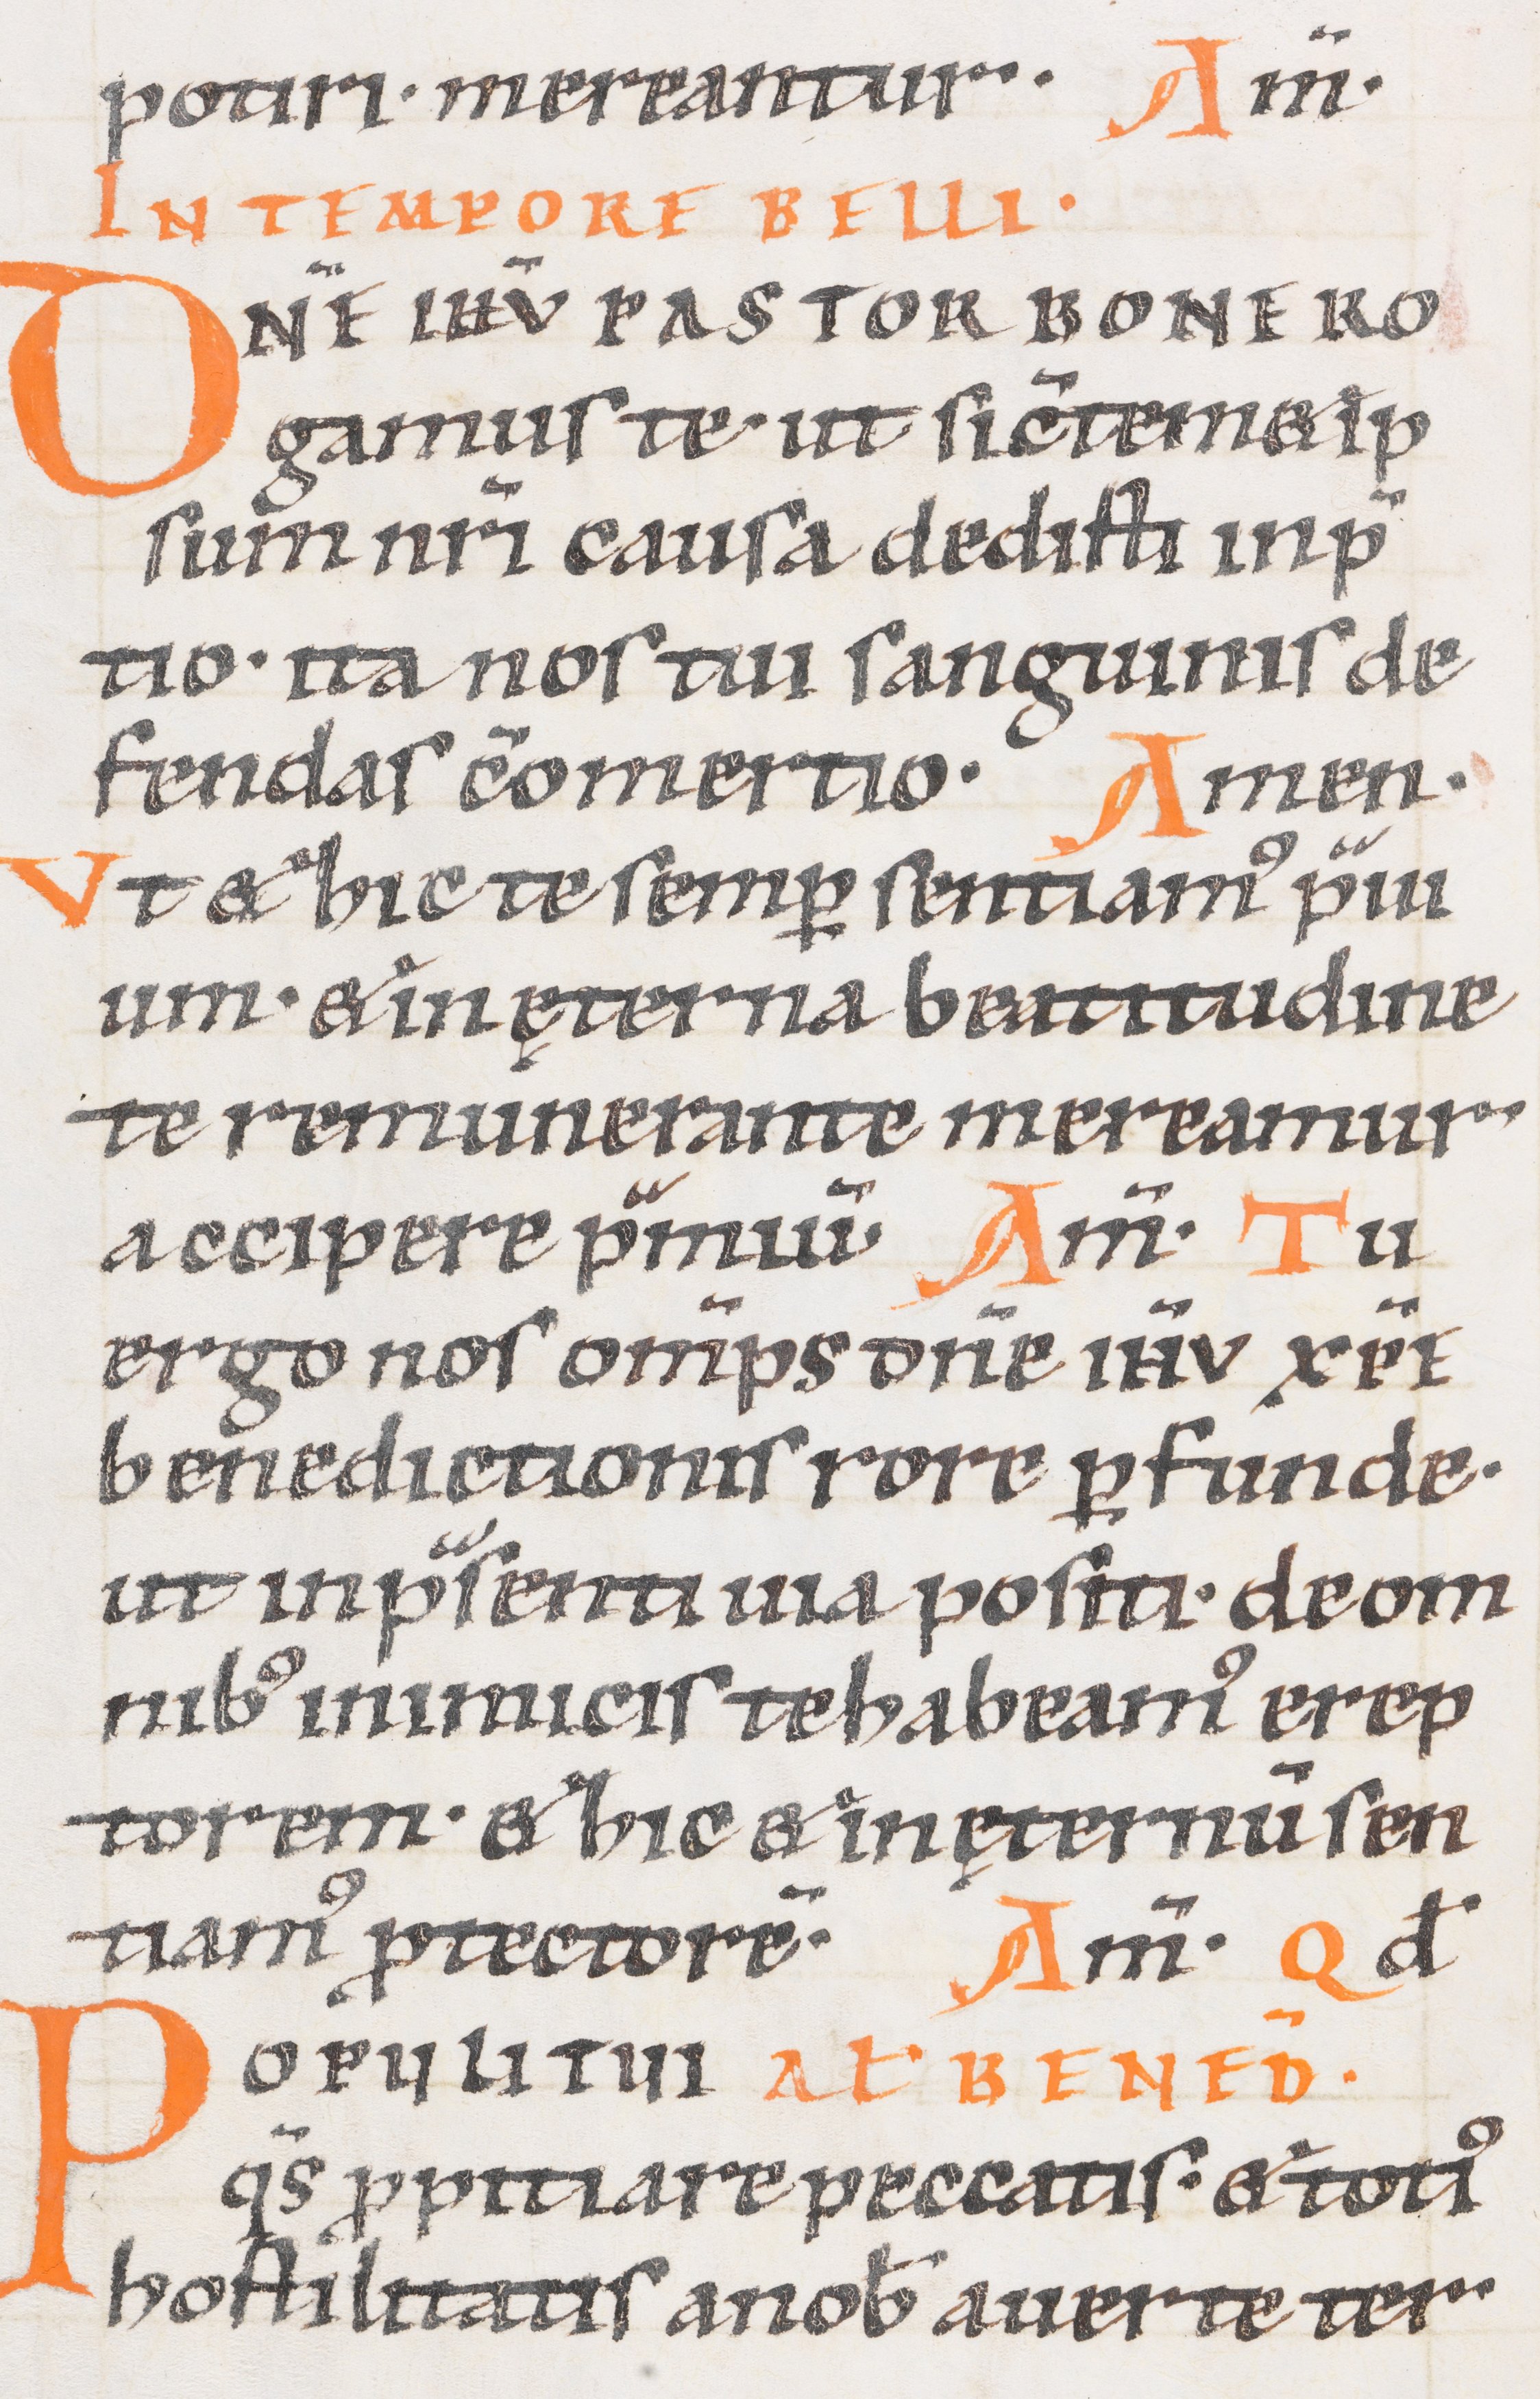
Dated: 1000–1099